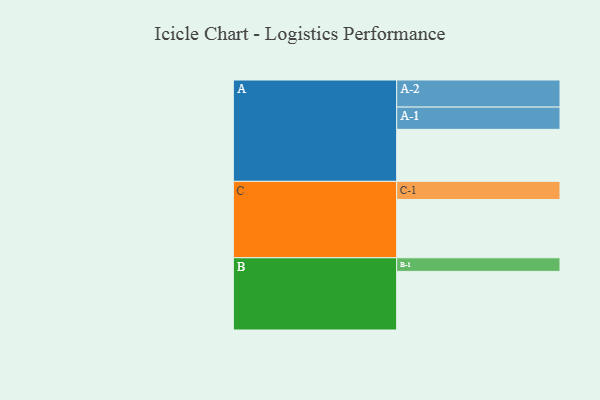
{"axis": {"x": "Segment", "y": "Value"}, "legend": ["", "A", "B", "C"], "data": [{"x": "A", "y": 409, "type": ""}, {"x": "B", "y": 461, "type": ""}, {"x": "C", "y": 458, "type": ""}, {"x": "A-1", "y": 175, "type": "A"}, {"x": "A-2", "y": 213, "type": "A"}, {"x": "B-1", "y": 107, "type": "B"}, {"x": "C-1", "y": 143, "type": "C"}]}